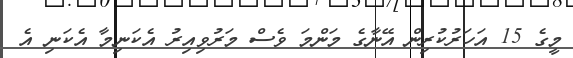
މީގެ 15 އަހަރުކުރިން އޭނާގެ މަންމަ ވެސް މަރުވިއިރު އެކަނިމާ އެކަނި އެ